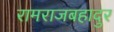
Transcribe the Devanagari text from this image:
रामराजबहादुर